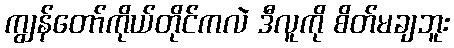
ကျွန်တော်ကိုယ်တိုင်ကလဲ ဒီလူကို စိတ်မချဘူး